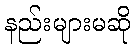
နည်းများမဆို